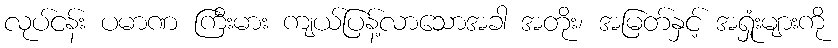
လုပ်ငန်း ပမာဏ ကြီးမား ကျယ်ပြန့်လာသောအခါ အတိုး၊ အမြတ်နှင့် အရှုံးများကို